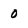
Character: o